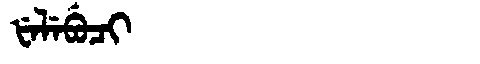
Manchu: ᡶᡝᠯᡝᠪᡠᠴᡳ
Romanization: FELEBUCI